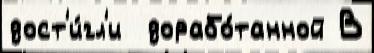
дост'и́гл'и  дорабо́танной В